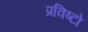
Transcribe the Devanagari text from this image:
प्रविष्टो